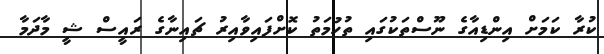
ކުރާ ކަމަށް އިންޑިއާގެ ނޫސްތަކުގައި ތުހުމަތު ކޮށްފައިވާއިރު ޗައިނާގެ ރައީސް ޝީ މާދަމާ